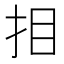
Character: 𢪷